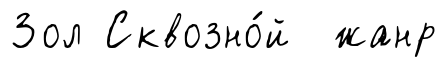
Зол Сквозно́й жанр